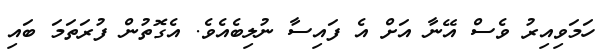
ހަމަވިއިރު ވެސް އޭނާ އަށް އެ ފައިސާ ނުލިބެއެވެ. އެގޮތުން ފުރަތަމަ ބައި